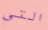
التي